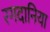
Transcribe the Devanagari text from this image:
रगदानिया